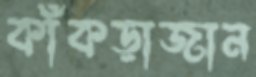
কাঁকড়াজান